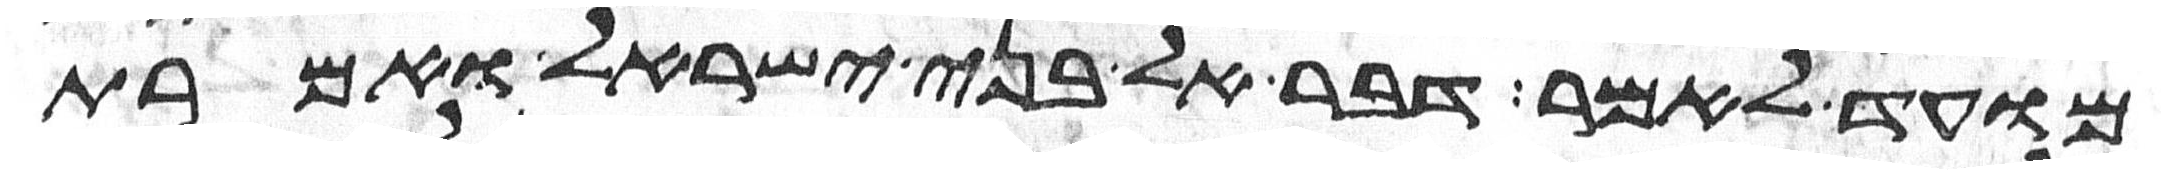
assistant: מועד לאמר דבר אל בני ישראל ואמרת